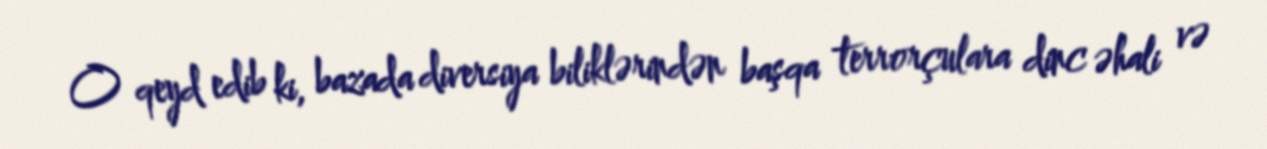
O qeyd edib ki, bazada diversiya biliklərindən başqa terrorçulara dinc əhali və